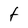
Character: t